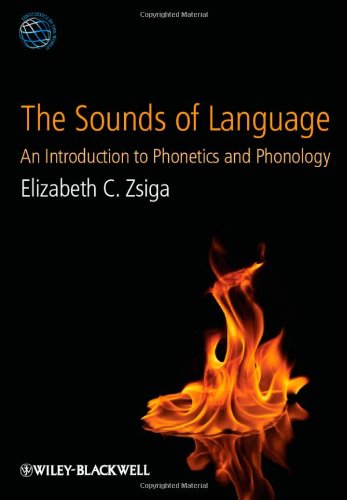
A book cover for The Sounds of Language: An Introduction to Phonetics and Phonology; Elizabeth C. Zsiga; Reference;